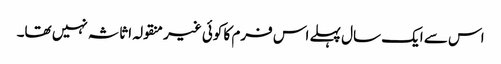
اس سے ایک سال پہلے اس فرم کا کوئی غیر منقولہ اثاثہ نہیں تھا۔